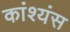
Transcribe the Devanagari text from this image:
कांश्यंस